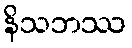
နိသဘဿ